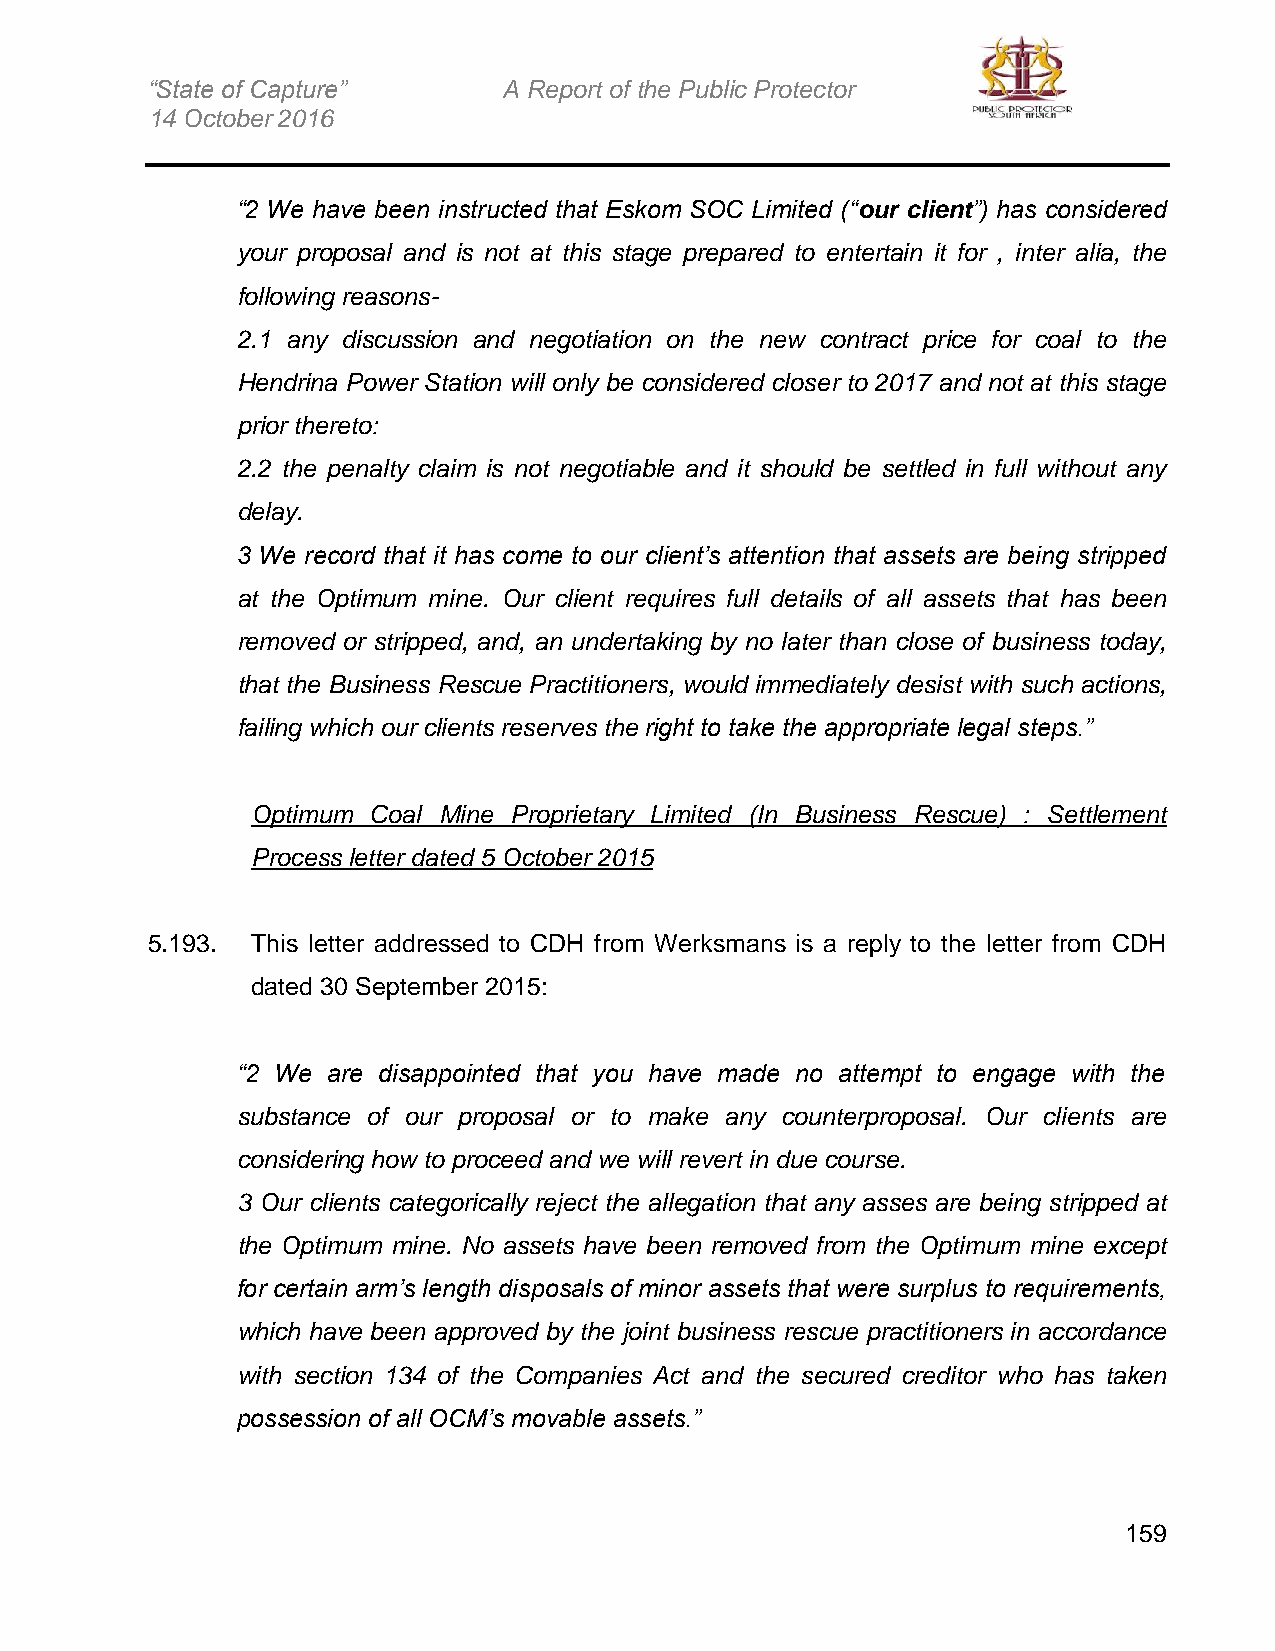
“State of Capture”     A Report of the Public Protector
 14 October 2016
 “2 We have been instructed that Eskom SOC Limited (“our client”) has considered
 your proposal and is not at this stage prepared to entertain it for , inter alia, the
 following reasons-
 2.1 any discussion and negotiation on the new contract price for coal to the
 Hendrina Power Station will only be considered closer to 2017 and not at this stage
 prior thereto:
 2.2 the penalty claim is not negotiable and it should be settled in full without any
 delay.
 3 We record that it has come to our client’s attention that assets are being stripped
 at the Optimum mine. Our client requires full details of all assets that has been
 removed or stripped, and, an undertaking by no later than close of business today,
 that the Business Rescue Practitioners, would immediately desist with such actions,
 failing which our clients reserves the right to take the appropriate legal steps.”
 Optimum Coal Mine Proprietary Limited (In Business Rescue) : Settlement
 Process letter dated 5 October 2015
 5.193. This letter addressed to CDH from Werksmans is a reply to the letter from CDH
 dated 30 September 2015:
 “2 We are disappointed that you have made no attempt to engage with the
 substance of our proposal or to make any counterproposal. Our clients are
 considering how to proceed and we will revert in due course.
 3 Our clients categorically reject the allegation that any asses are being stripped at
 the Optimum mine. No assets have been removed from the Optimum mine except
 for certain arm’s length disposals of minor assets that were surplus to requirements,
 which have been approved by the joint business rescue practitioners in accordance
 with section 134 of the Companies Act and the secured creditor who has taken
 possession of all OCM’s movable assets.”
 159